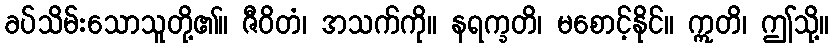
ခပ်သိမ်းသောသူတို့၏။ ဇီဝိတံ၊ အသက်ကို။ နရက္ခတိ၊ မစောင့်နိုင်။ ဣတိ၊ ဤသို့။